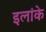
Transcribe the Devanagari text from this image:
इलांके